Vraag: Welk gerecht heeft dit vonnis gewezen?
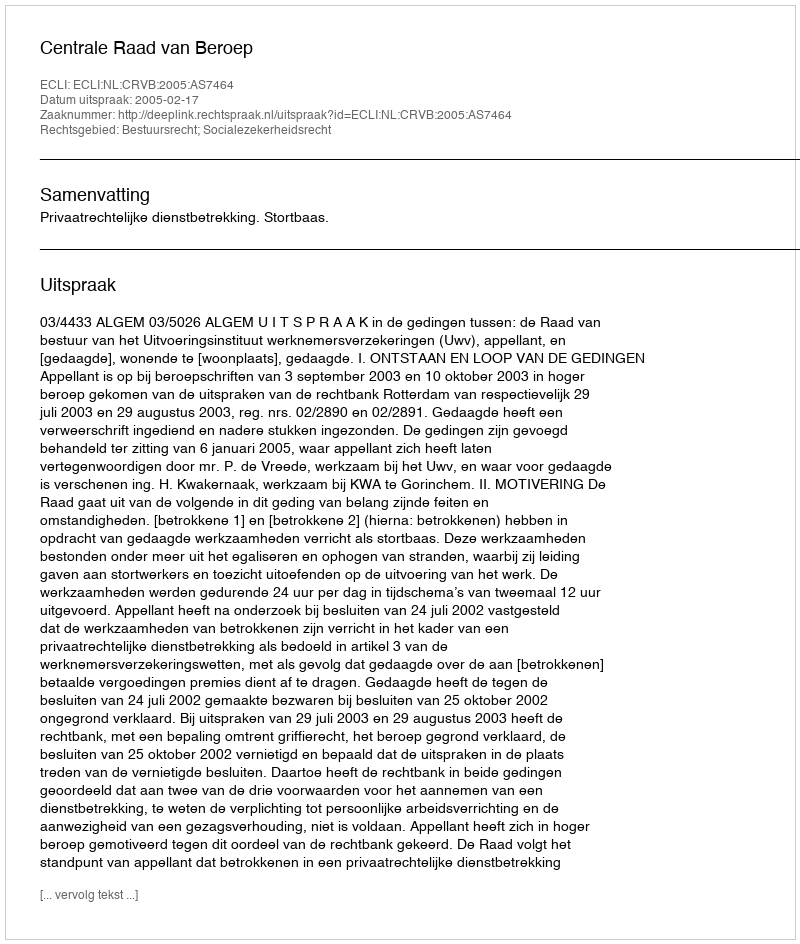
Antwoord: Centrale Raad van Beroep